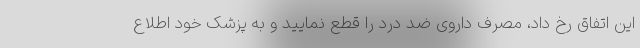
این اتفاق رخ داد، مصرف داروی ضد درد را قطع نمایید و به پزشک خود اطلاع